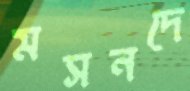
মসনদে